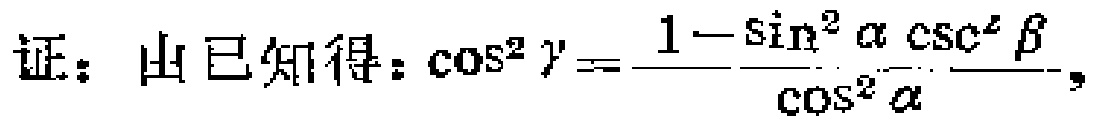
证：由已知得：\(\cos^{2}\gamma = \frac{1 - \sin^{2}\alpha\csc^{2}\beta}{\cos^{2}\alpha}\)，